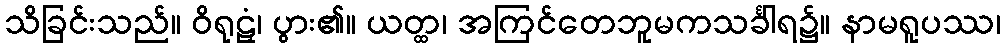
သိခြင်းသည်။ ဝိရုဠှံ၊ ပွား၏။ ယတ္ထ၊ အကြင်တေဘူမကသင်္ခါရ၌။ နာမရူပဿ၊